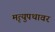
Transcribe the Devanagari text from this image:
मृत्युपथावर